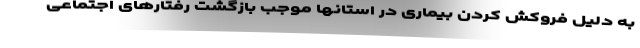
به دلیل فروکش کردن بیماری در استانها موجب بازگشت رفتارهای اجتماعی